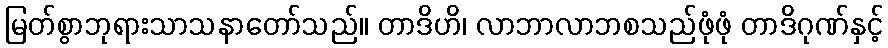
မြတ်စွာဘုရားသာသနာတော်သည်။ တာဒိဟိ၊ လာဘာလာဘစသည်ဖုံဖုံ တာဒိဂုဏ်နှင့်